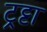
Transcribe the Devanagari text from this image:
ट्रट्टा